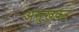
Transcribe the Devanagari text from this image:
असुखकर